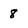
Character: 8